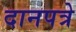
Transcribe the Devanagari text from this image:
दानपत्रे